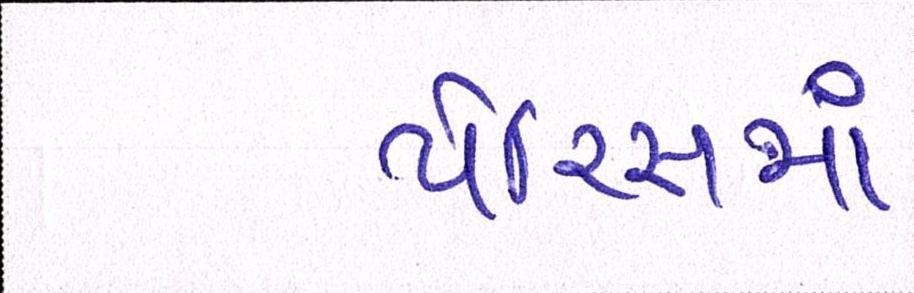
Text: પેરિસમાં